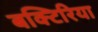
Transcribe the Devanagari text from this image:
बक्टिरिया